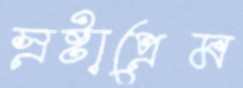
স্রষ্টাপ্রেম